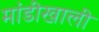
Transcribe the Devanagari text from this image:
मांडीखाली